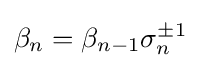
\beta _{n}=\beta _{n-1}\sigma _{n}^{\pm 1}